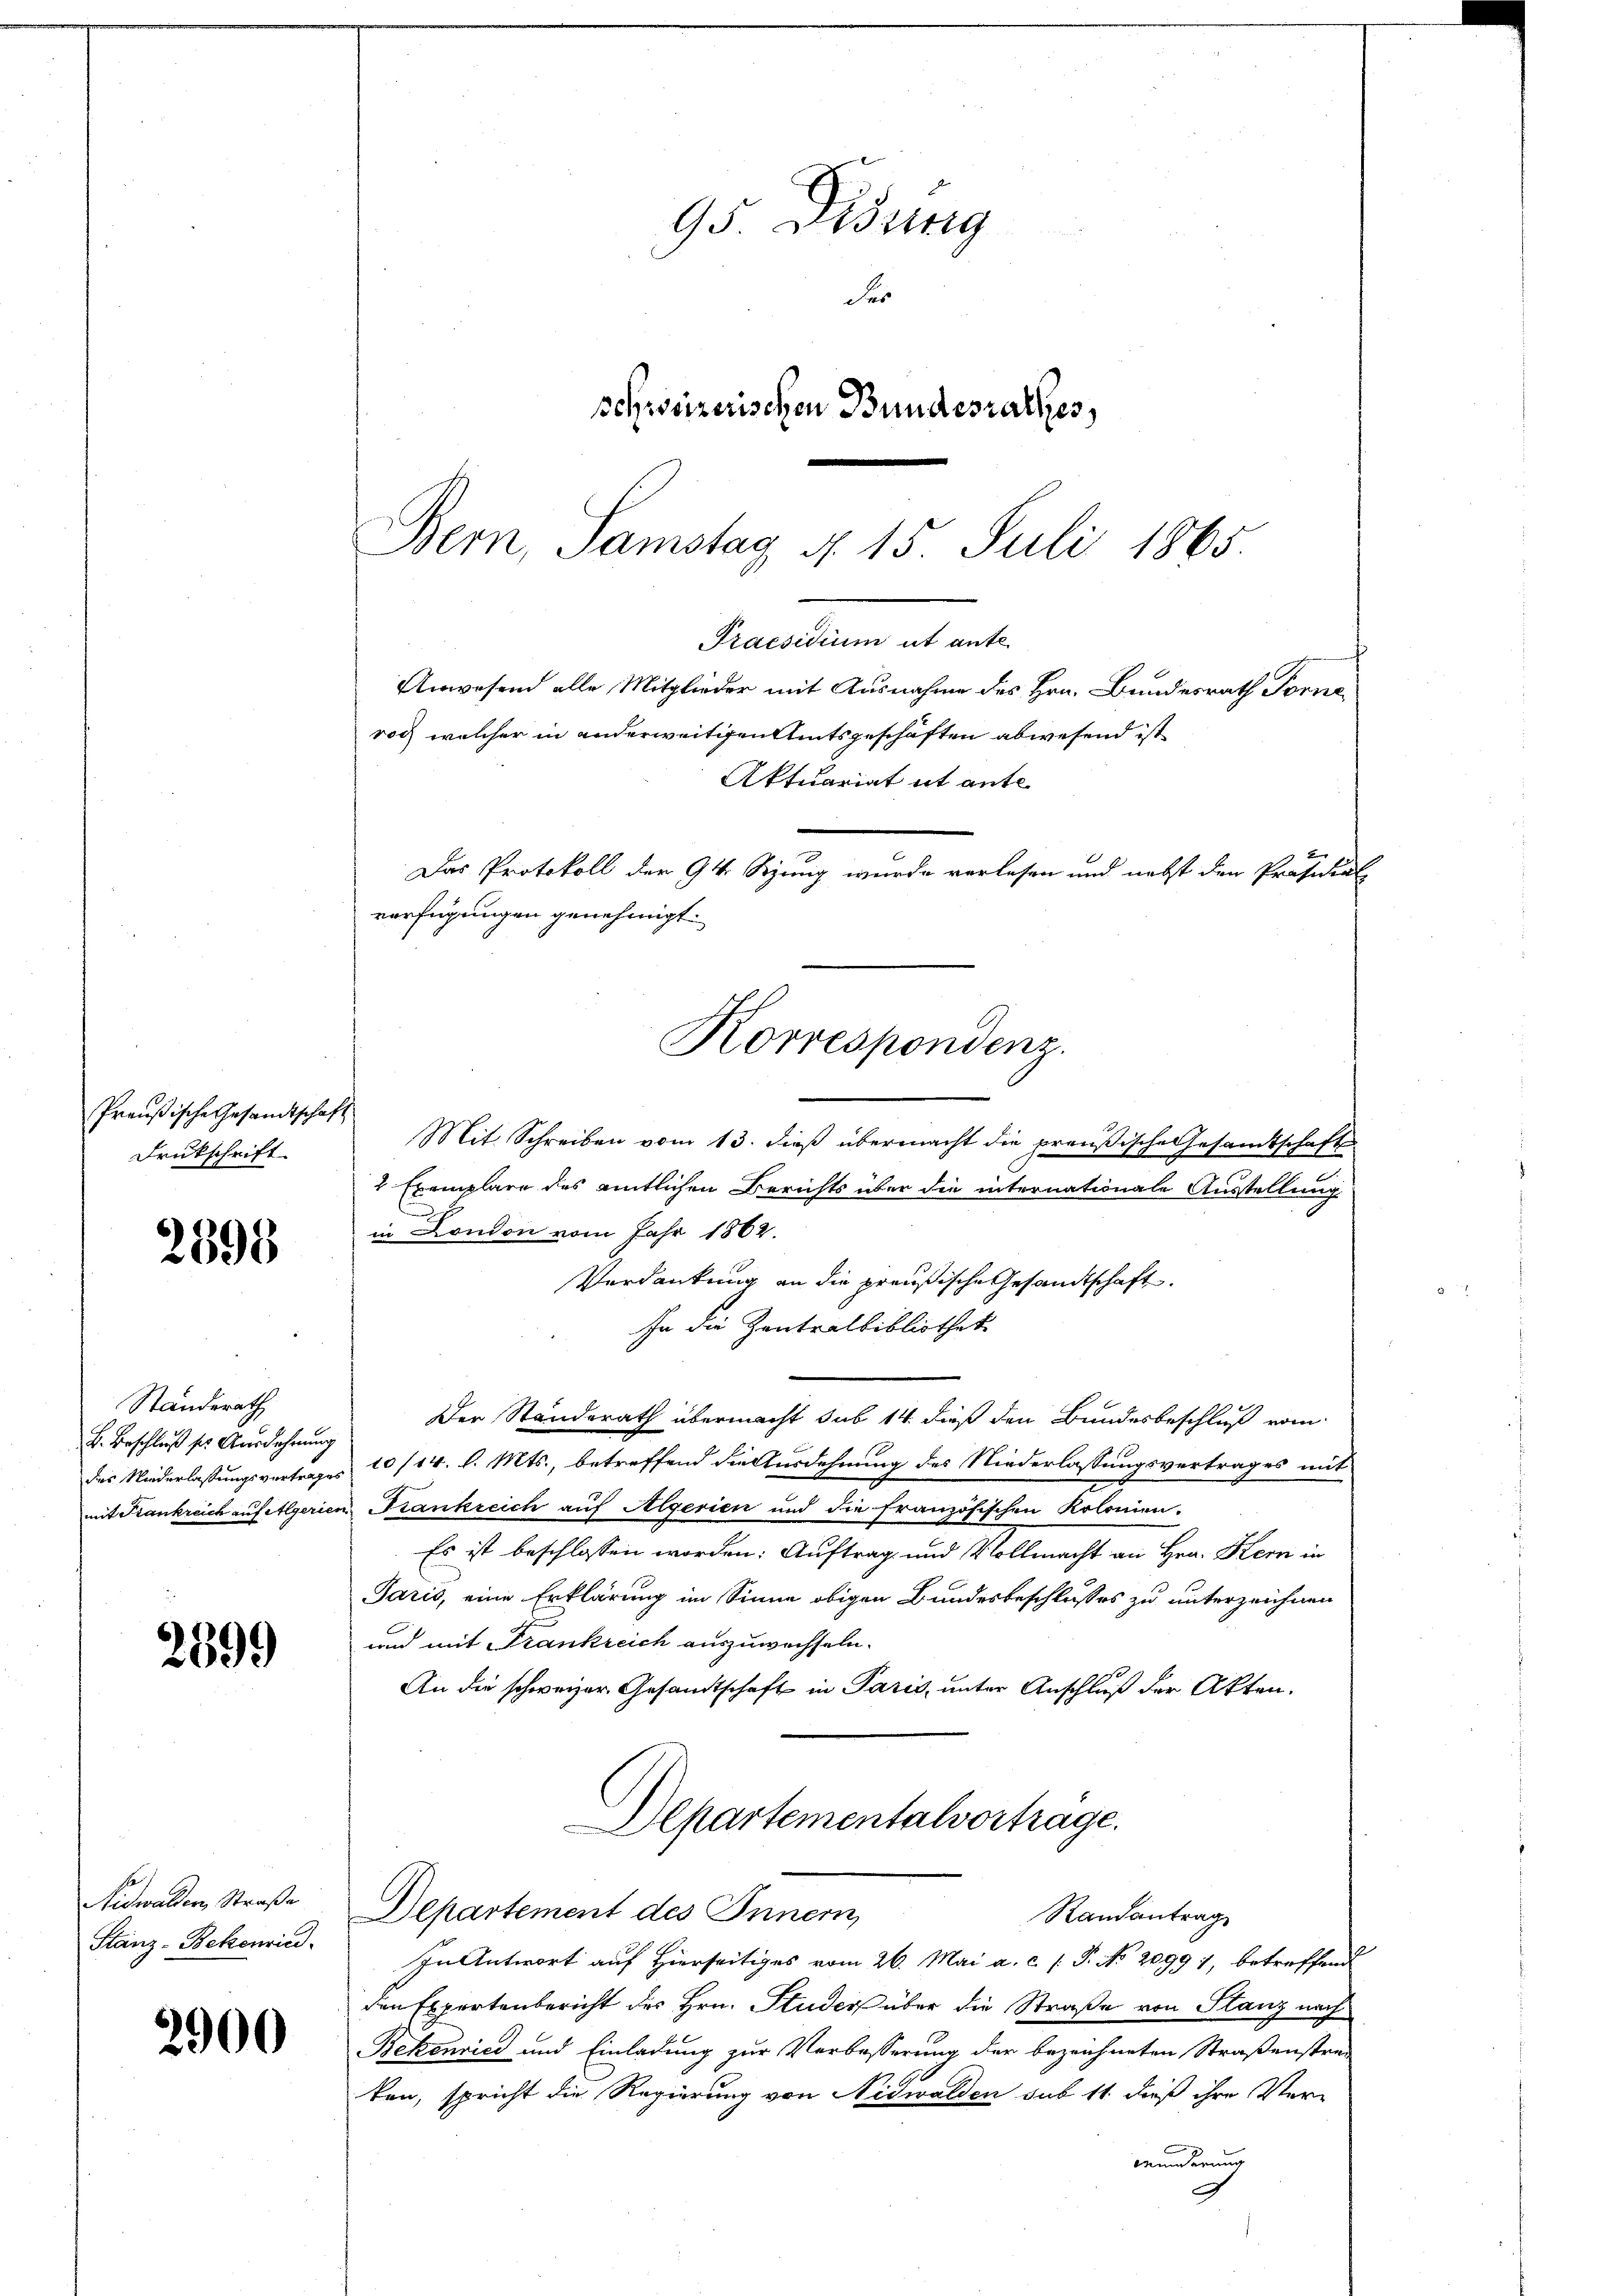
Preußische Gesandtscha
Drukschrift

2598

Standerath
B. Beschluß ser Ausdehnung
des Niederlassungsvertrag
mit Krankreich auf Algeric

2599

Nidwalden, Straße
Stanz-Bekenried

2900

95 Didung
der
schweizerischen Bundesrathes,

Bern, Samstag d. 15. Juli 1865.
Praesidium ut ante-
Anwesend alle Mitglieder mit Ausnahme des Hrn. Bundesrath Forne
roch welcher in anderweitigen Amtsgeschäften abwesend ist
Aktuariat it ante
Das Protokoll der 94. Sizung wurde verlesen und nebst den Präsidial
verfügungen genehmigt.
Korrespondenz.

Mit Schreiben vom 13. dieβ übermacht die preußische Gesandtschaft
 Exemplare des amtlichen Berichts über die internationale Ausstellung
in London vom Jahr 1862.
Verdankung an die preußische Gesandtschaft
In die Zentralbibliothek
Der Standerath übermacht sub 14 dieß den Bundesbeschluß vom
10/14. d. Mts., betreffend die Ausdehnung des Niederlassungsvertrages mit
Krankreich auf Algerien und die französischen Kolonien.
Es ist beschlossen worden: Auftrag und Vollmacht an Hrn. Kern in
Paris, eine Erklärung im Sinne obigen Bundesbeschlusses zu unterzeichnen
und mit Frankreich auszuwechseln.
An die schweizer Gesandtschaft in Paris, unter Anschluß der Akten.
Departementalvertrage.
Departement des Innern,
Randantrag
In Antwort auf Hierseitiges vom 26. Mai a. c. (T. No 20991, betreffend
den Expertenbericht des Hrn. Studers über die Straße von Stanz nach
Bekenrich und Einladung zur Verbesserung der bezeichneten Straßenstraten, spricht die Regierung von Nidwalden sub 11. dieß ihre Ver¬
Munderung
G